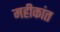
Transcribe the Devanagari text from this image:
महीकांत